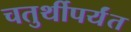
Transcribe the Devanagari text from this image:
चतुर्थीपर्यंत